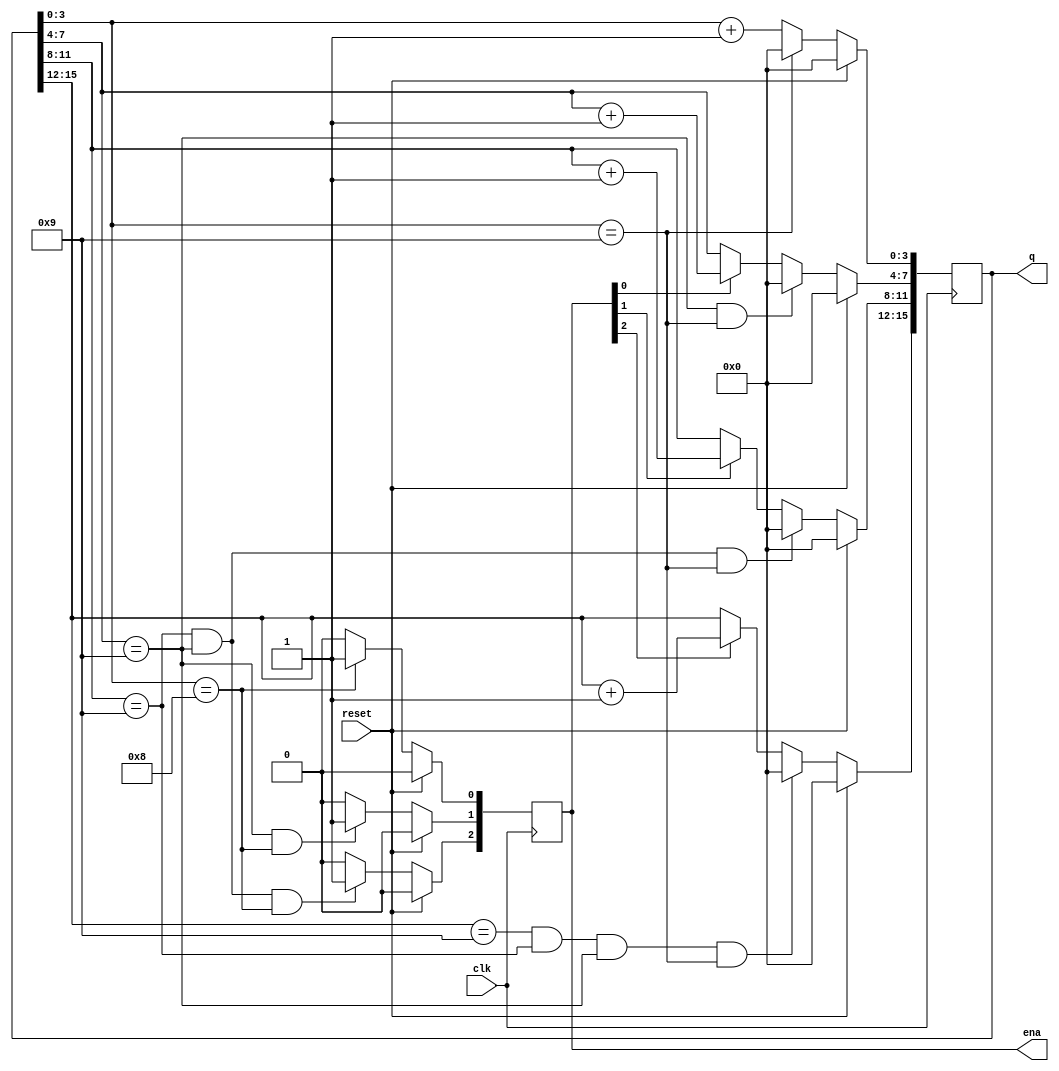
module top_module (
    input clk,
    input reset,   // Synchronous active-high reset
    output [3:1] ena,
    output [15:0] q);
	always @(posedge clk) begin
        ena[1] <= (q[3:0]==4'b1000) ? 1 : 0;
        ena[2] <= (q[7:4]==4'b1001) & q[3:0]==4'b1000 ? 1 : 0;
        ena[3] <= (q[11:8]==4'b1001) & (q[7:4]==4'b1001) &(q[3:0]==4'b1000)  ? 1 : 0;
        
        if (reset) begin
            q <= 16'b0;
            ena <= 3'b0;
        end else begin
            q[3:0] <= (q[3:0] == 4'b1001) ? 4'b0 : q[3:0] + 4'b1;
            q[7:4] <= (q[7:4] == 4'b1001 & q[3:0] == 4'b1001) ? 4'b0 : (ena[1] ? q[7:4] + 4'b1 : q[7:4]);
            q[11:8] <= (q[11:8] == 4'b1001 & q[7:4]==4'b1001 & q[3:0] == 4'b1001) ? 4'b0 : (ena[2] ? q[11:8] + 4'b1 : q[11:8]);
            q[15:12] <= (q[15:12] == 4'b1001 & q[11:8]==4'b1001& q[7:4]==4'b1001 & q[3:0] == 4'b1001 ) ? 4'b0 : (ena[3] ? q[15:12] + 4'b1 : q[15:12]);
        end
    end
endmodule